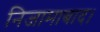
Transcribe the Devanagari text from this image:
निजामाबाद।